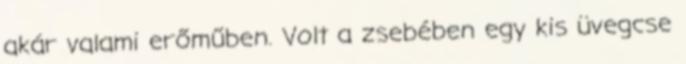
akár valami erőműben. Volt a zsebében egy kis üvegcse